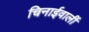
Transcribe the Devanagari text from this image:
चिनाईवालीं